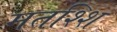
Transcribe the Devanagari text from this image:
मतश्शि